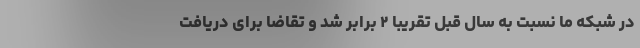
در شبکه ما نسبت به سال قبل تقریبا ٢ برابر شد و تقاضا برای دریافت